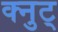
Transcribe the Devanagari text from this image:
क्नुट्